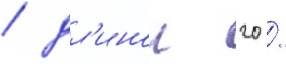
/ дл'инои 20 /